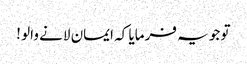
تو جو یہ فرمایا کہ ایمان لانے والو !